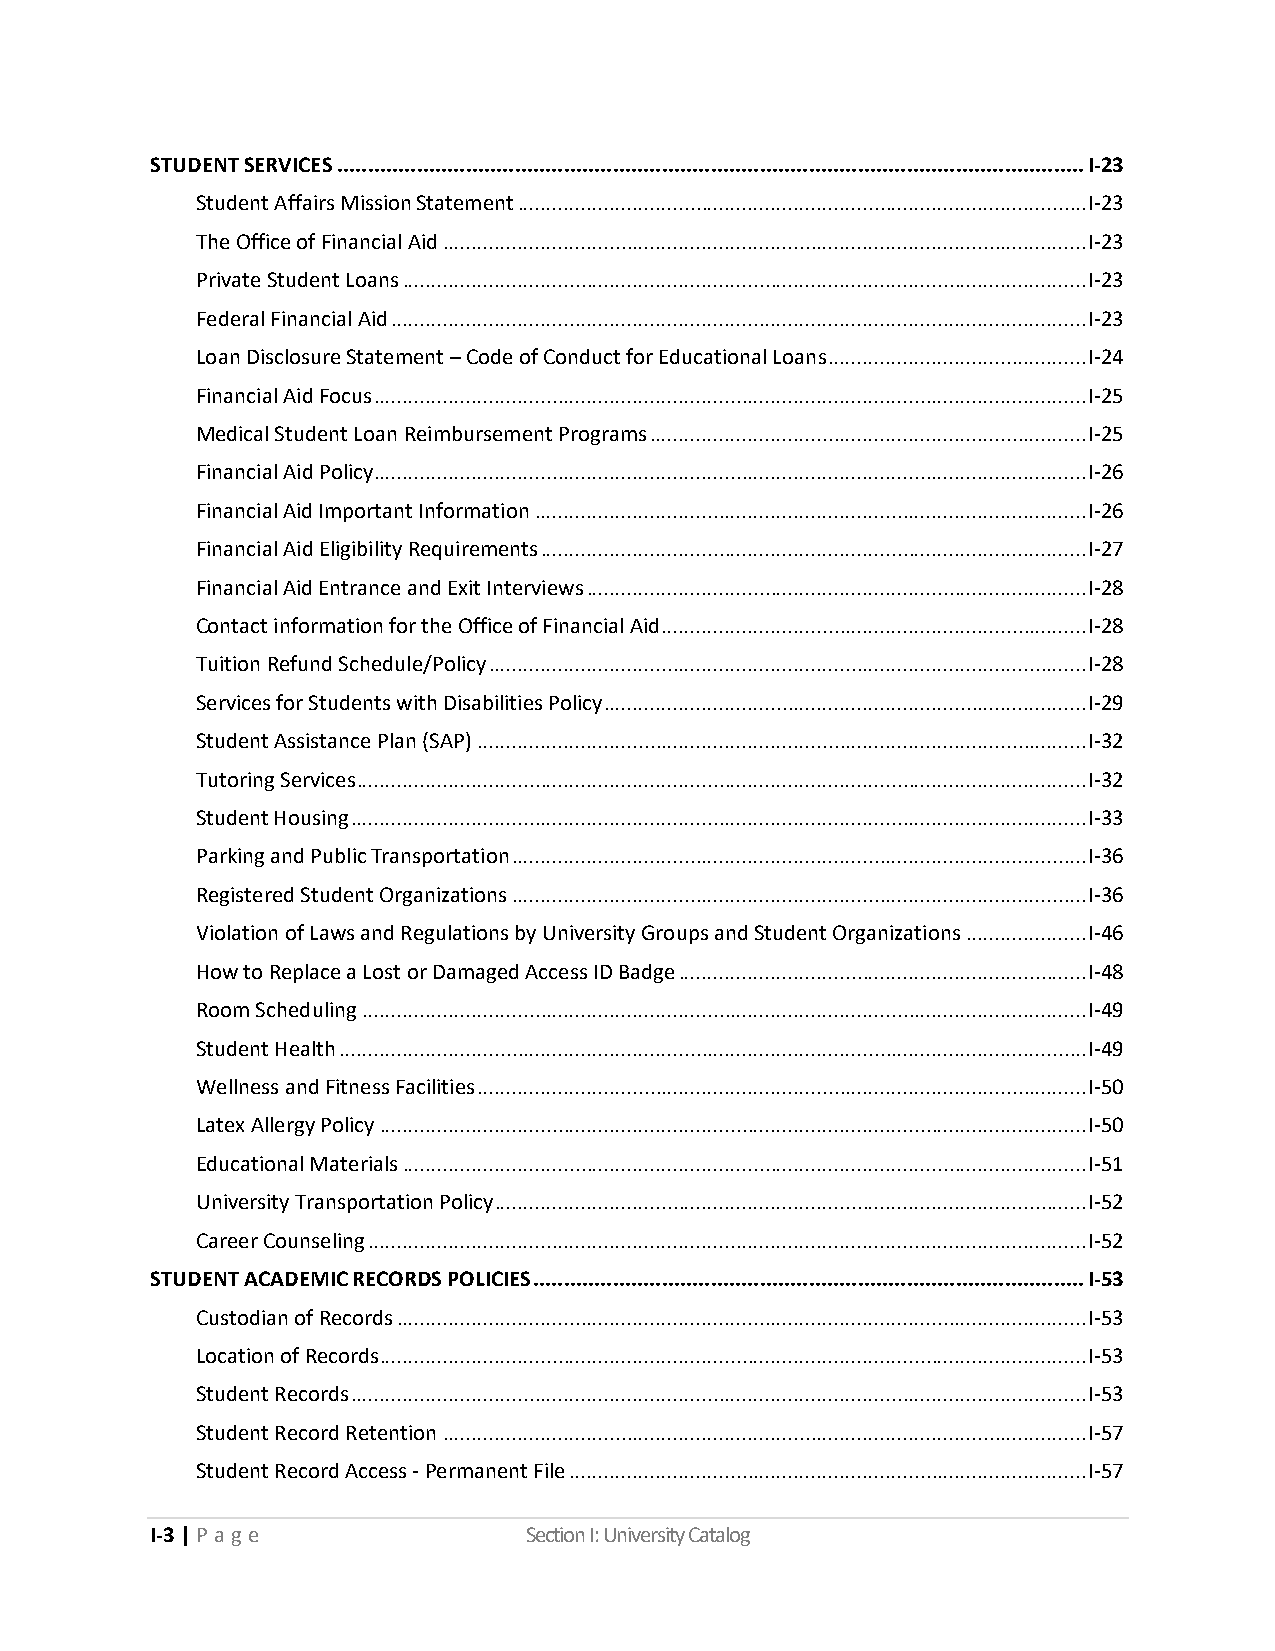
STUDENT SERVICES .......................................................................................................................... I-23
 Student Affairs Mission Statement ................................................................................................... I-23
 The Office of Financial Aid ................................................................................................................ I-23
 Private Student Loans ....................................................................................................................... I-23
 Federal Financial Aid ......................................................................................................................... I-23
 Loan Disclosure Statement – Code of Conduct for Educational Loans ............................................. I-24
 Financial Aid Focus ............................................................................................................................ I-25
 Medical Student Loan Reimbursement Programs ............................................................................ I-25
 Financial Aid Policy ............................................................................................................................ I-26
 Financial Aid Important Information ................................................................................................ I-26
 Financial Aid Eligibility Requirements ............................................................................................... I-27
 Financial Aid Entrance and Exit Interviews ....................................................................................... I-28
 Contact information for the Office of Financial Aid .......................................................................... I-28
 Tuition Refund Schedule/Policy ........................................................................................................ I-28
 Services for Students with Disabilities Policy .................................................................................... I-29
 Student Assistance Plan (SAP) .......................................................................................................... I-32
 Tutoring Services ............................................................................................................................... I-32
 Student Housing ................................................................................................................................ I-33
 Parking and Public Transportation .................................................................................................... I-36
 Registered Student Organizations .................................................................................................... I-36
 Violation of Laws and Regulations by University Groups and Student Organizations ..................... I-46
 How to Replace a Lost or Damaged Access ID Badge ....................................................................... I-48
 Room Scheduling .............................................................................................................................. I-49
 Student Health .................................................................................................................................. I-49
 Wellness and Fitness Facilities .......................................................................................................... I-50
 Latex Allergy Policy ........................................................................................................................... I-50
 Educational Materials ....................................................................................................................... I-51
 University Transportation Policy ....................................................................................................... I-52
 Career Counseling ............................................................................................................................. I-52
 STUDENT ACADEMIC RECORDS POLICIES .......................................................................................... I-53
 Custodian of Records ........................................................................................................................ I-53
 Location of Records ........................................................................................................................... I-53
 Student Records ................................................................................................................................ I-53
 Student Record Retention ................................................................................................................ I-57
 Student Record Access - Permanent File .......................................................................................... I-57
 I-3 | P a ge             Section I: University Catalog